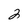
Character: 2